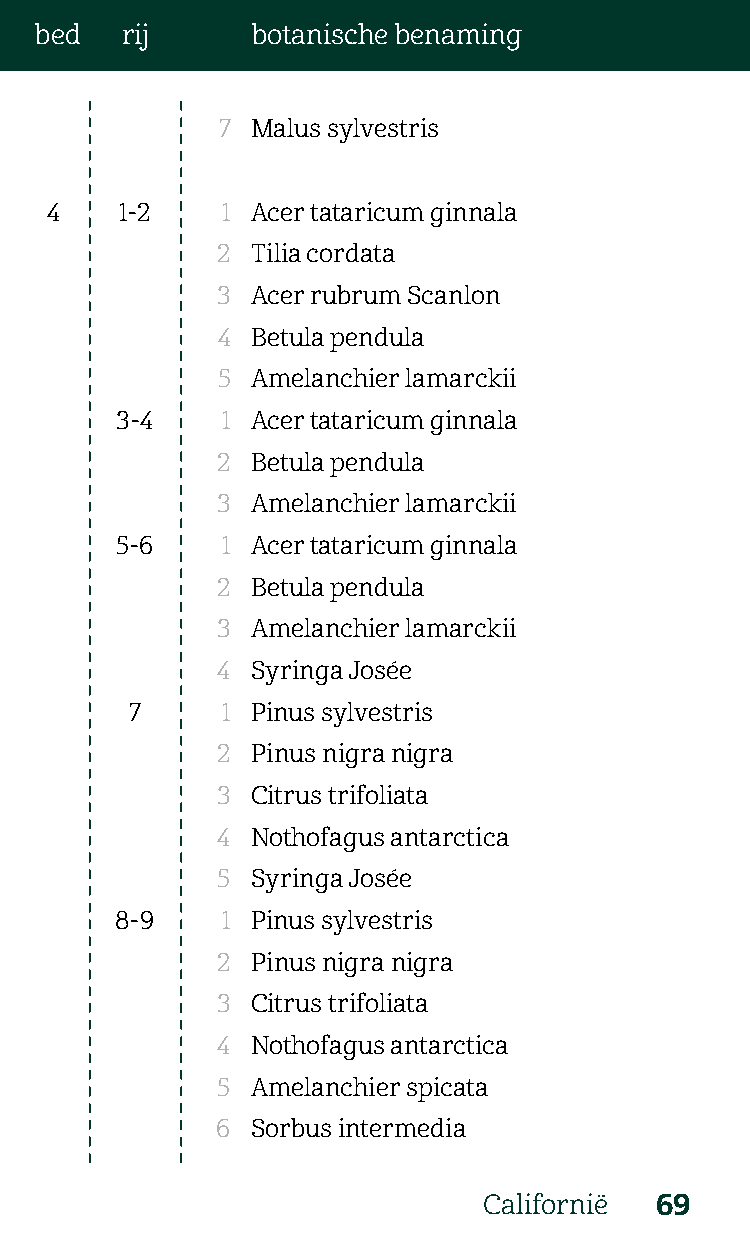
bed   rij      botanische benaming
 7  Malus sylvestris
 4    1-2    1 Acer tataricum ginnala
 2  Tilia cordata
 3  Acer rubrum Scanlon
 4  Betula pendula
 5  Amelanchier lamarckii
 3-4    1 Acer tataricum ginnala
 2  Betula pendula
 3  Amelanchier lamarckii
 5-6    1 Acer tataricum ginnala
 2  Betula pendula
 3  Amelanchier lamarckii
 4  Syringa Josée
 7     1 Pinus sylvestris
 2  Pinus nigra nigra
 3  Citrus trifoliata
 4  Nothofagus antarctica
 5  Syringa Josée
 8-9    1 Pinus sylvestris
 2  Pinus nigra nigra
 3  Citrus trifoliata
 4  Nothofagus antarctica
 5  Amelanchier spicata
 6  Sorbus intermedia
 Californië 69